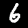
Label: 6